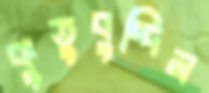
কুতুবুদ্দিন